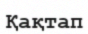
Қақтап